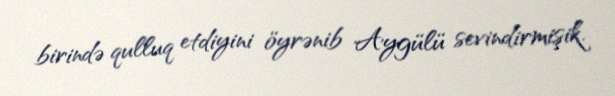
birində qulluq etdiyini öyrənib Aygülü sevindirmişik.